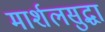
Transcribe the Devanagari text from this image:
मार्शलसुद्धा